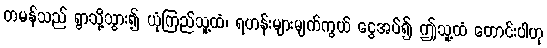
တမန်သည် ရွာသို့သွား၍ ယုံကြည်သူ့ထံ၊ ရဟန်းများမျက်ကွယ် ငွေအပ်၍ ဤသူ့ထံ တောင်းပါဟု